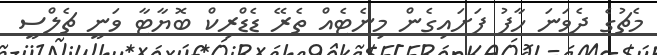
މެޗުގެ ދެވަނަ ހާފު ފަށައިގެން މިނެޓެއް ތެރޭ ޑެޑްރިކް ބޮޔާޓާ ވަނީ ޗެލްސީ